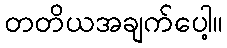
တတိယအချက်ပေါ့။